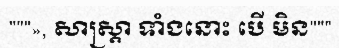
"""», សាស្ត្រា ទាំងនោះ បើ មិន"""